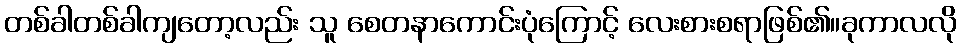
တစ်ခါတစ်ခါကျတော့လည်း သူ စေတနာကောင်းပုံကြောင့် လေးစားစရာဖြစ်၏။ခုကာလလို